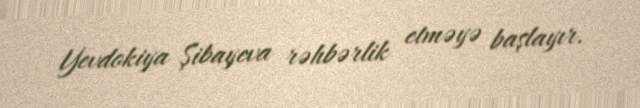
Yevdokiya Şibayeva rəhbərlik etməyə başlayır.